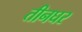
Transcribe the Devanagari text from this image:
तीनघर